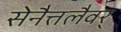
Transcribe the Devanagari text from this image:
सेनैत्तलैवर्